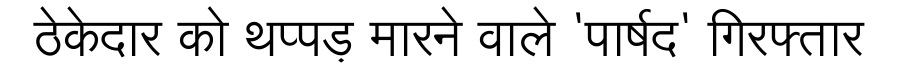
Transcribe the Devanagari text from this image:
ठेकेदार को थप्पड़ मारने वाले 'पार्षद' गिरफ्तार